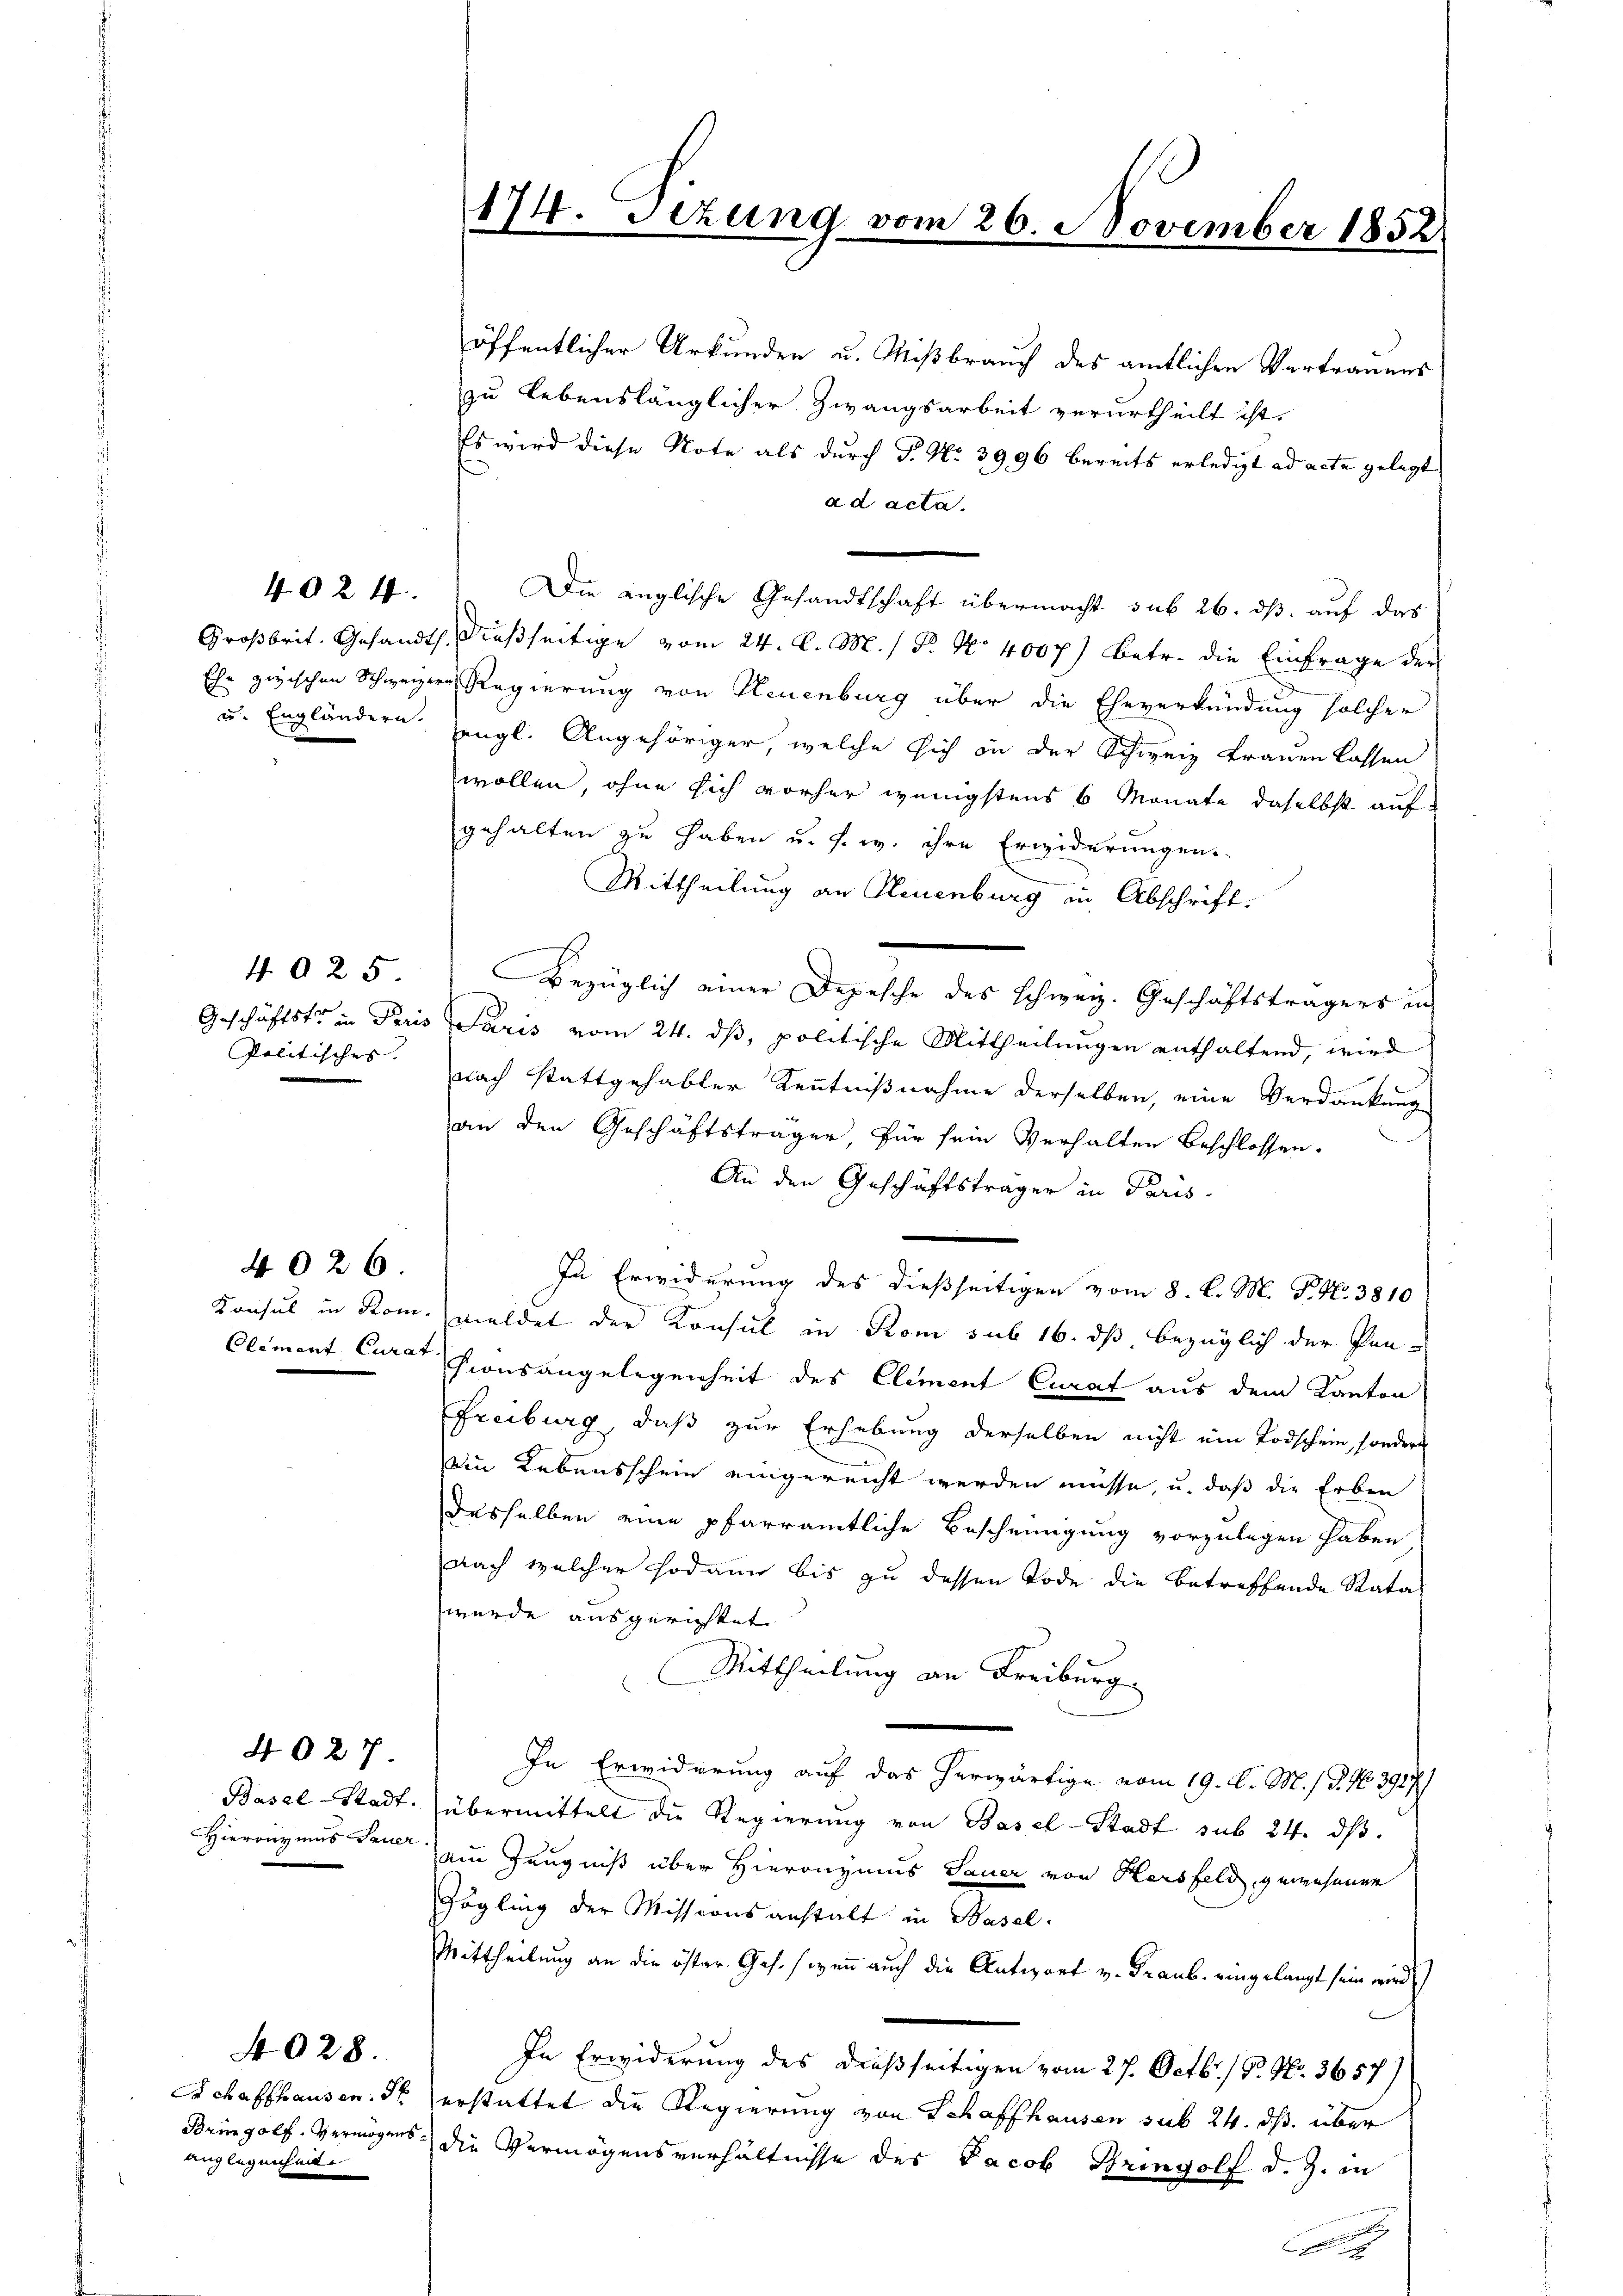
u. Engländern.

4925
Politisches. |

4024

Konsul in Kom-

4027.

4026.

Basel-Stadt.
Hieronymus Jener.

Schaffhausen. S
Bringolf. Vermögensanglegenheit

4028.

174. Sitzung vom

26. November 1852

öffentlicher Urkunden u. Mißbrauch des amtlichen Vertrauens
zu lebenslänglicher Zwangsarbeit verurtheilt ist.
Es wird diese Note als durch P. Nr. 3996 bereits erledigt ad acta gelegt
ad acta.
Die anglische Gesandtschaft übermacht sub 26. dß auf das
Großbrit. Gesandts. dießseitige vom 24. d. M. / 5. No 400 f.) betr. die Einfrage der
Ehe zwischen Schweizern Regierung von Neuenburg über die Eheverkündung solcher
engl. Angehöriger, welche sich in der Schweiz Frauen lassen
wollen, ohne sich vorher wenigstens 6 Monate daselbst auf
gehalten zu haben u. s. w. ihre Erwiderungen.
Mittheilung an Neuenburg in Abschrift.
Bezüglich einer Depesche des Schweiz. Geschäftsträgers in
Geschäftstr in Paris Paris vom 24. dβ, politische Mittheilungen enthaltend, wird
nach stattgehabter Kenntnißnahme derselben, eine Verdankung
an den Geschäftsträger, für sein Verhalten beschlossen.
An den Geschäftsträger in Paris
In Erwiderung des dießseitigen vom 8. C. M. P. Nr. 3810
meldet der Konsul in Rom sub 16. ds bezüglich der Pen¬
Clement Curat Lionsangelegenheit des Element Curat aus dem Kanton
Freiburg, daß zur Erhebung derselben nicht ein Todschein, sondern
ein Lebensschein eingereicht werden müsse, u. daß die Erben
desselben eine pfarramtliche Bescheinigung vorzulegen haben
nach welcher sodann bis zu dessen Tode die betreffende Rata-
wurde ausgerichtet
Mittheilung an Freiburg
In Erwiderung auf das herwärtige vom 19. d. M. / 5. No 3927/
übermittelt die Regierung von Basel-Stadt sub 24. dβ.
ein Zeugniß über Hieronimus Sauer von Kersfeld, gewesenen
Zögling der Missionsanstalt in Basel.
Mittheilung an die öfter Ges., wenn auch die Antwort v. Graub. eingelangt sein wird)
In Erwiderung des dießseitigen vom 27. Octbr. 1 P. Nr. 3657)
erstattet die Regierung von Schaffhausen sub 24. ds. über
die Vermögensverhältnisse des Jacob Bringolf d. J. in

d

2